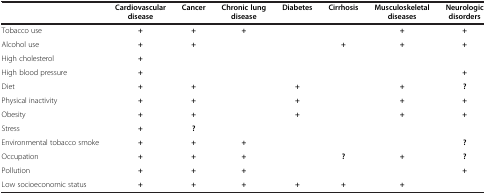
|  | Cardiovascular disease | Cancer | Chronic lung disease | Diabetes | Cirrhosis | Musculoskeletal diseases | Neurologic disorders |
 | --- | --- | --- | --- | --- | --- | --- | --- |
 | Tobacco use | + | + | + |  |  | + | + |
 | Alcohol use | + | + |  |  | + | + | + |
 | High cholesterol | + |  |  |  |  |  |  |
 | High blood pressure | + |  |  |  |  |  | + |
 | Diet | + | + |  | + |  | + | ? |
 | Physical inactivity | + | + |  | + |  | + | + |
 | Obesity | + | + |  | + |  | + | + |
 | Stress | + | ? |  |  |  |  |  |
 | Environmental tobacco smoke | + | + | + |  |  |  | ? |
 | Occupation | + | + | + |  | ? | + | ? |
 | Pollution | + | + | + |  |  |  | + |
 | Low socioeconomic status | + | + | + | + | + | + |  |